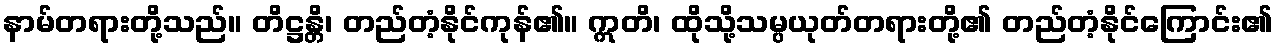
နာမ်တရားတို့သည်။ တိဋ္ဌန္တိ၊ တည်တံ့နိုင်ကုန်၏။ ဣတိ၊ ထိုသို့သမ္ပယုတ်တရားတို့၏ တည်တံ့နိုင်ကြောင်း၏